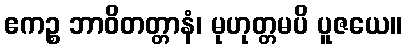
ဧကဉ္စ ဘာဝိတတ္တာနံ၊ မုဟုတ္တမပိ ပူဇယေ။